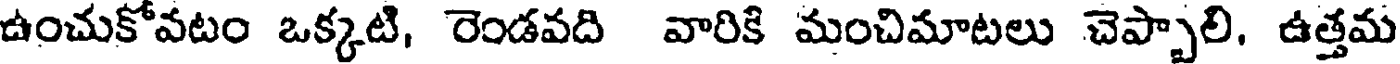
ఉంచుకోవటం ఒక్కటి, రెండవది వారికి మంచిమాటలు చెప్పాలి. ఉత్తమ